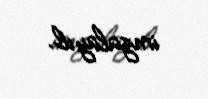
imzalayıb.